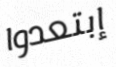
إبتعدوا